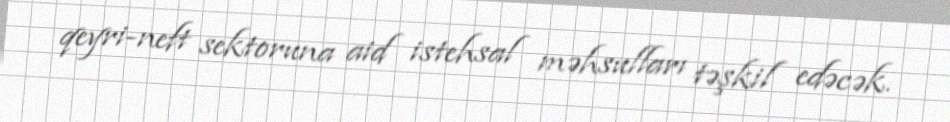
qeyri-neft sektoruna aid istehsal məhsulları təşkil edəcək.